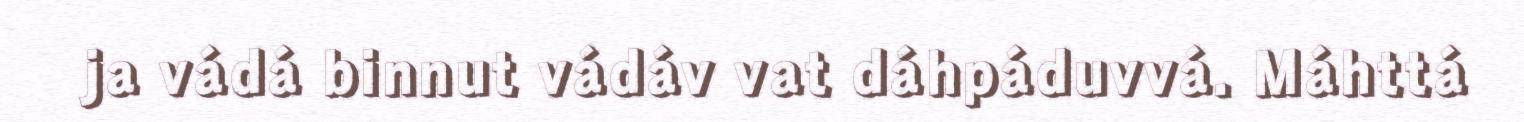
ja vádá binnut vádáv vat dáhpáduvvá. Máhttá